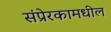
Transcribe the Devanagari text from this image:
संप्रेरकामधील